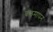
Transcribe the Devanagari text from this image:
बलमापन